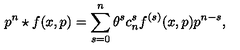
p ^ { n } \star f ( x , p ) = \sum _ { s = 0 } ^ { n } \theta ^ { s } c _ { n } ^ { s } f ^ { ( s ) } ( x , p ) p ^ { n - s } ,